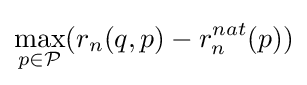
\max _{p\in {\mathcal {P}}}(r_{n}(q,p)-r_{n}^{nat}(p))